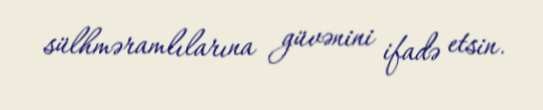
sülhməramlılarına güvənini ifadə etsin.